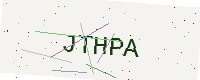
Text: JTHPA